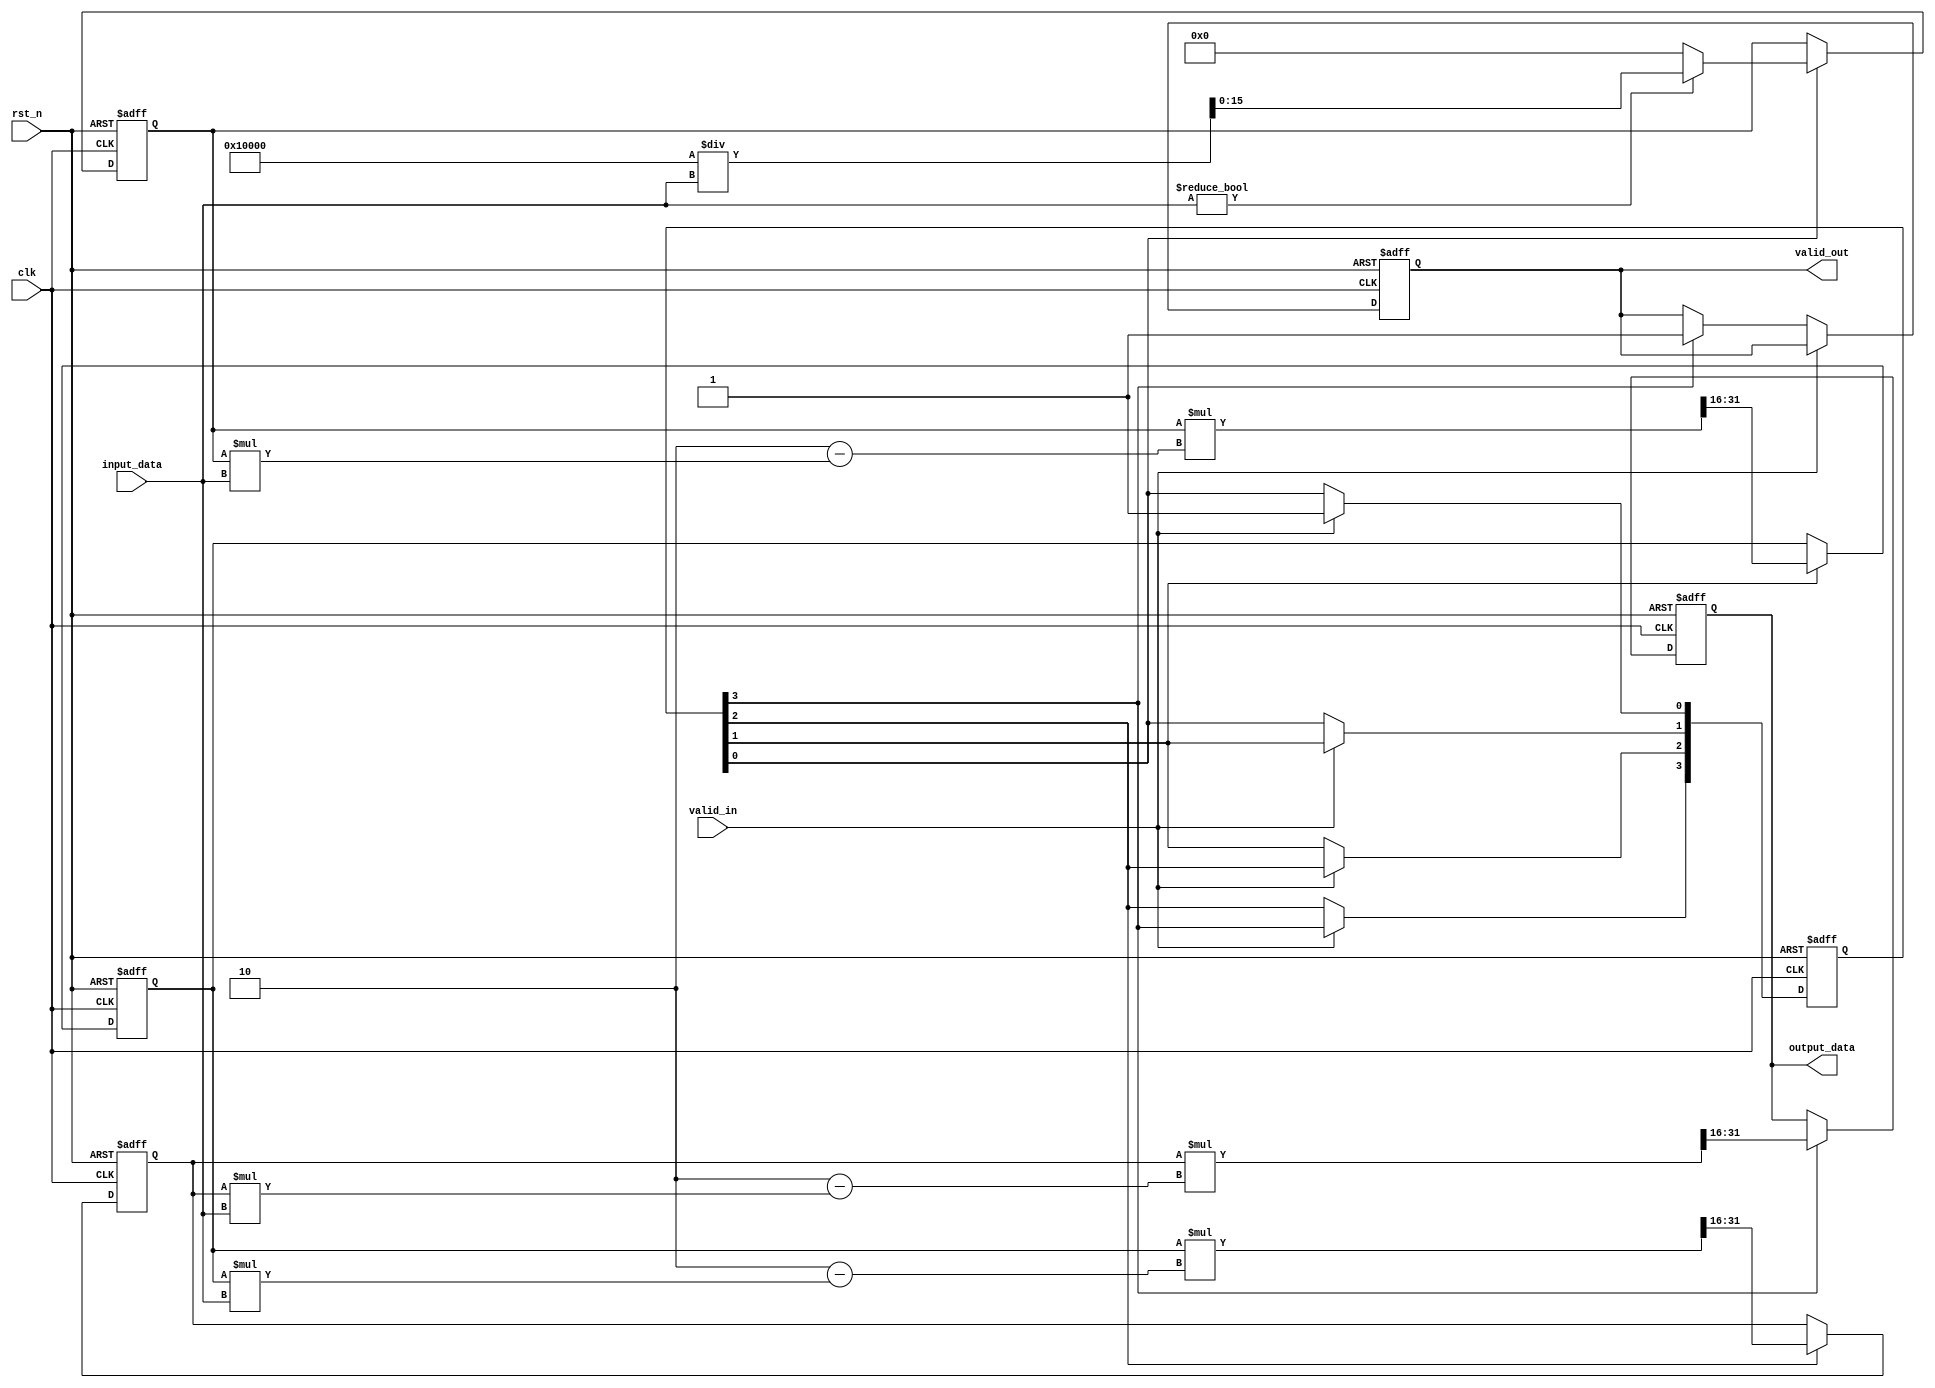
module SystolicArrayReciprocal #(
    parameter DATA_WIDTH = 16,
    parameter NUM_PES = 4
)(
    input  wire clk,
    input  wire rst_n,
    input  wire [DATA_WIDTH-1:0] input_data,
    input  wire valid_in,
    output wire [DATA_WIDTH-1:0] output_data,
    output wire valid_out
);
    reg [DATA_WIDTH-1:0] pe_output[0:NUM_PES-1];
    reg [DATA_WIDTH-1:0] pe_input[0:NUM_PES-1];
    reg [NUM_PES-1:0] valid_pe;
    reg valid_output;

    // Control Unit
    integer i;
    always @(posedge clk or negedge rst_n) begin
        if (!rst_n) begin
            valid_pe <= 0;
            valid_output <= 0;
        end
        else if (valid_in) begin
            pe_input[0] <= input_data; // Feed input to first PE
            valid_pe[0] <= 1'b1; // Valid signal for first PE
        end
        else begin
            for (i = 0; i < NUM_PES; i = i + 1) begin
                if (i > 0) begin
                    pe_input[i] <= pe_output[i-1]; // Pass output to next PE
                    valid_pe[i] <= valid_pe[i-1]; // Propagate valid signal
                end
                if (valid_pe[i]) begin
                    if (i == NUM_PES-1) // Last PE produces output
                        valid_output <= 1'b1;
                end
            end
        end
    end

    // Processing Element (PE) Implementation
    generate
        genvar j;
        for (j = 0; j < NUM_PES; j = j + 1) begin : pe
            always @(posedge clk or negedge rst_n) begin
                if (!rst_n) begin
                    pe_output[j] <= 0;
                end
                else if (valid_pe[j]) begin
                    if (j == 0) begin
                        // Initial guess for reciprocal (1/input_data)
                        pe_output[j] <= (input_data != 0) ? (1 << DATA_WIDTH) / input_data : 0;
                    end
                    else begin
                        // Newton-Raphson update: x[n+1] = x[n] * (2 - x[n] * input)
                        pe_output[j] <= pe_output[j-1] * (2 - pe_output[j-1] * input_data) >> DATA_WIDTH; // Right shift for scaling
                    end
                end
            end
        end
    endgenerate

    // Output Buffer
    assign output_data = pe_output[NUM_PES-1];
    assign valid_out = valid_output;

endmodule